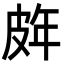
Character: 𭽨